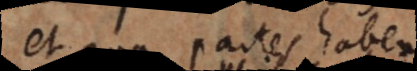
quae partes habent